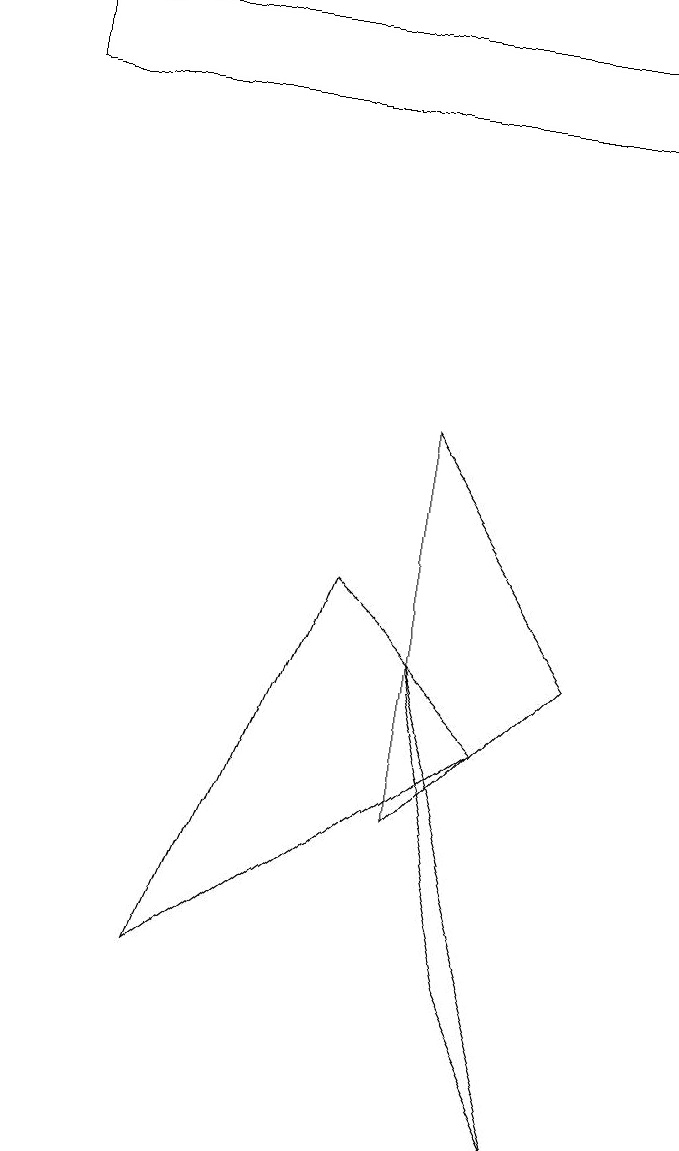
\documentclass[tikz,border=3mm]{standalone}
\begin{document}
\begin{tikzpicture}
\draw (8,0) -- (6,6) -- (7,2) -- cycle;
\draw (9,14) rectangle (1,13);
\draw (3,2) -- (5,7) -- (7,5) -- cycle;
\draw (8,6) -- (6,9) -- (6,4) -- cycle;
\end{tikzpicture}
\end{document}